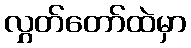
လွှတ်တော်ထဲမှာ